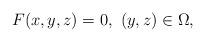
LaTeX: \begin{align*}F(x,y,z)=0,\ (y,z) \in \Omega,\end{align*}